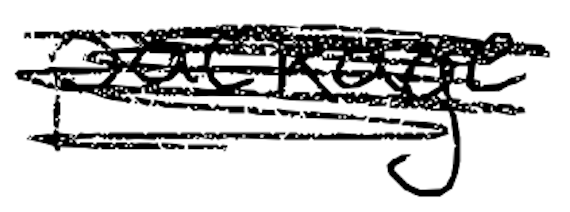
Text: package
Cross-out: scratch
Writing tool: digital_black